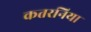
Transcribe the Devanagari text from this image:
कतरनिया